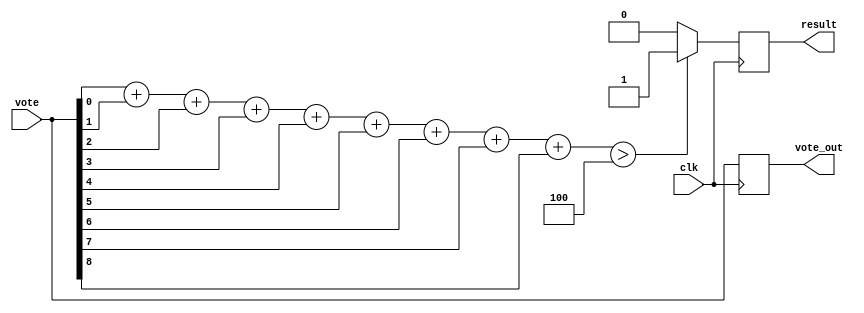
module vote_9(
    input   [8:0]   vote,
    input   clk,
    output  reg result,
    output  reg [8:0]   vote_out
    );

    wire    [3:0]  agree;
    wire    [3:0]  disagree;

    assign agree = vote[0]+vote[1]+vote[2]+vote[3]+vote[4]
                +vote[5]+vote[6]+vote[7]+vote[8];
    //assign disagree = ~vote[0]+~vote[1]+~vote[2]+~vote[3]+~vote[4]
      //          +~vote[5]+~vote[6]+~vote[7]+~vote[8];
    
    //assign result = (sum > 4'b0100) ? 1'b1 : 1'b0;

    always@(posedge clk)begin
        vote_out = vote;
        if(agree > 4'b0100)
            result = 1'b1;
        else
            result = 1'b0;
    end
    
endmodule